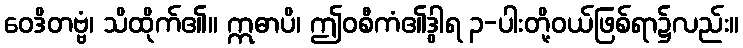
ဝေဒိတဗ္ဗံ၊ သိထိုက်၏။ ဣဓာပိ၊ ဤဝစီကံ၏ဒွါရ ၃-ပါးတို့ဝယ်ဖြစ်ရာ၌လည်း။